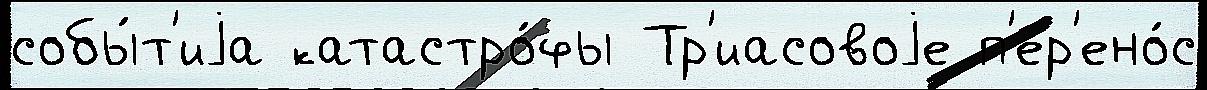
собы́т'иjа катастро́фы Тр'иасовоjе п'ер'ено́с